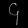
Digit: ၄